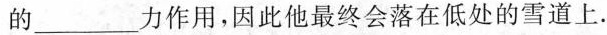
的___力作用，因此他最终会落在低处的雪道上。